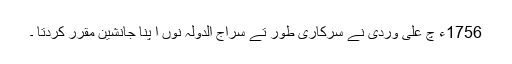
1756ء چ علی وردی نے سرکاری طور تے سراج الدولہ نوں ا پنا جانشین مقرر کردتا ۔